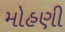
મોહણી